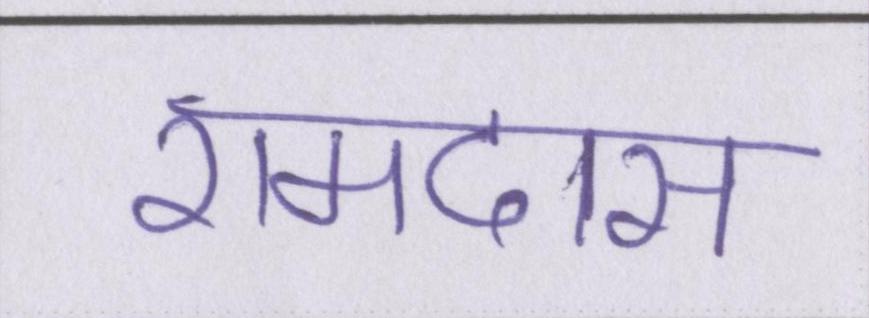
रामदास